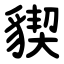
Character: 䝟